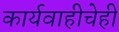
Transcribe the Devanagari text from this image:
कार्यवाहीचेही